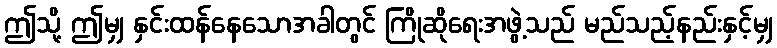
ဤသို့ ဤမျှ နှင်းထန်နေသောအခါတွင် ကြိုဆိုရေးအဖွဲ့သည် မည်သည့်နည်းနှင့်မျှ